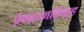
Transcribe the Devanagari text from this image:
प्रेमघनविग्रह